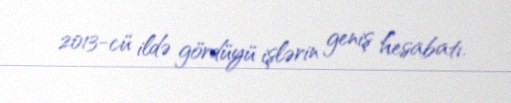
2013-cü ildə gördüyü işlərin geniş hesabatı.